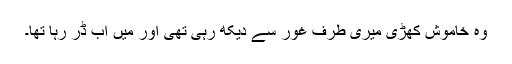
وہ خاموش کھڑی میری طرف غور سے دیکھ رہی تھی اور میں اب ڈر رہا تھا۔